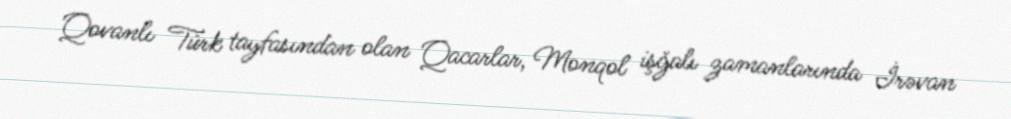
Qovanlı Türk tayfasından olan Qacarlar, Monqol işğalı zamanlarında İrəvan